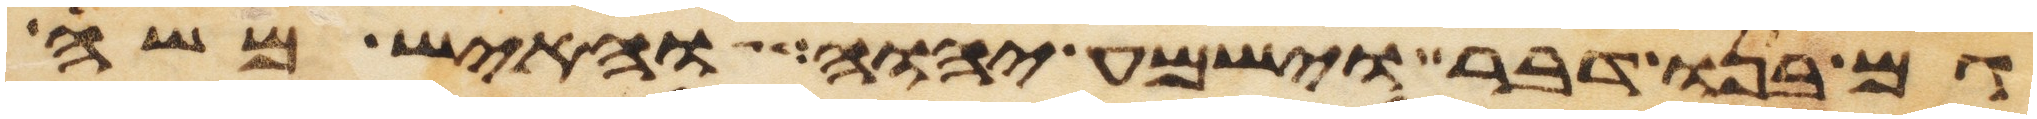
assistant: גם בנו דבר וישמע יהוה והאיש משה